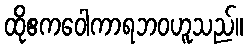
ထိုဧကဝေါကာရဘဝဟူသည်။